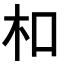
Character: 𪱳